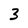
Character: 3